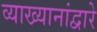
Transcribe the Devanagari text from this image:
व्याख्यानांद्वारे